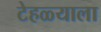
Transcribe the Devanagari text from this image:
टेहळ्याला